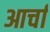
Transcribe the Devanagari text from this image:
आर्चा